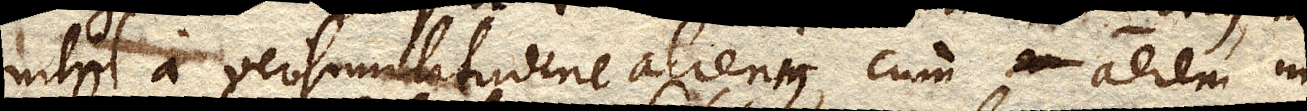
nihil a verisimilitudine alienius, cum aerem in